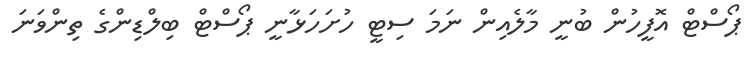
ޕޯސްޓް އޮފީހުން ބުނީ މާލެއިން ނަމަ ސިޓީ ހުށަހަޅާނީ ޕޯސްޓް ބިލްޑިންގެ ތިންވަނަ